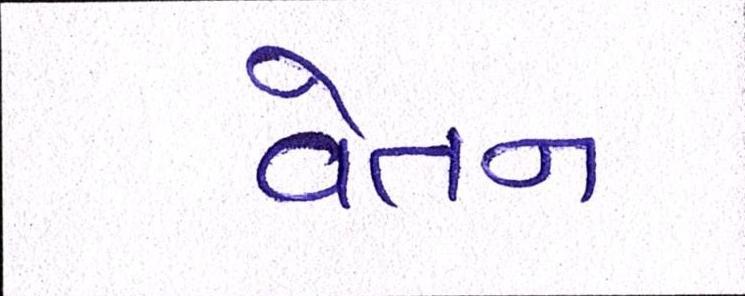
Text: વેતન